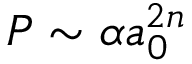
P \sim \alpha a _ { 0 } ^ { 2 n }